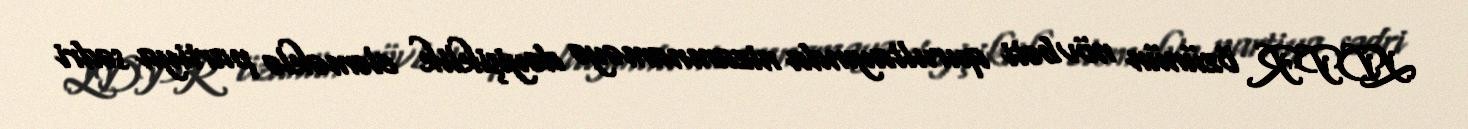
LDPR özünün növbəti qurultayında nizamnaməyə dəyişiklik eləməklə partiya sədri